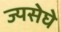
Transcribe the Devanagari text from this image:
ज्यसेघे